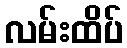
လမ်းထိပ်